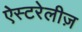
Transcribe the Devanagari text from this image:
ऐस्टरेलीज़